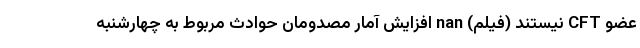
عضو CFT نیستند (فیلم) nan افزایش آمار مصدومان حوادث مربوط به چهارشنبه